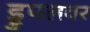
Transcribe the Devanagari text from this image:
ड्रुपलवर